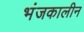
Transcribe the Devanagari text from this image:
भंजकालीन